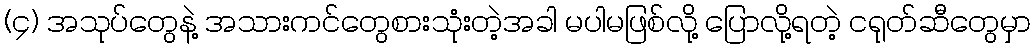
(၄) အသုပ်တွေနဲ့ အသားကင်တွေစားသုံးတဲ့အခါ မပါမဖြစ်လို့ ပြောလို့ရတဲ့ ငရုတ်ဆီတွေမှာ